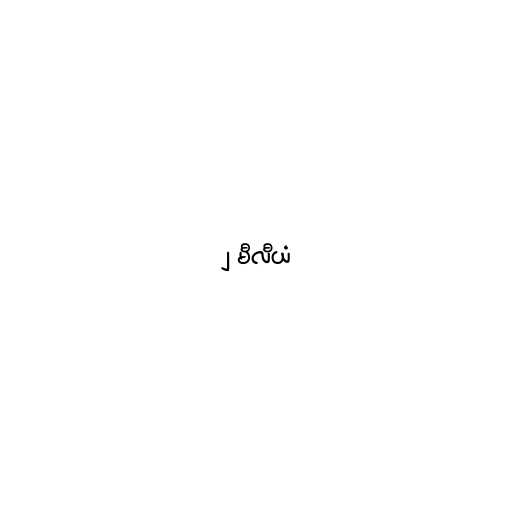
၂ မီလီယံ